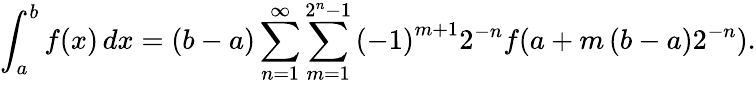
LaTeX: \int_{a}^{b}{f(x)\, dx}=(b-a)\sum_{n=1}^{\infty}{\sum_{m=1}^{2^{n}-1}{\left({-1}\right)^{m+1}}}2^{-n}f(a+m\left({b-a}\right)2^{-n}).